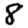
Digit: 8